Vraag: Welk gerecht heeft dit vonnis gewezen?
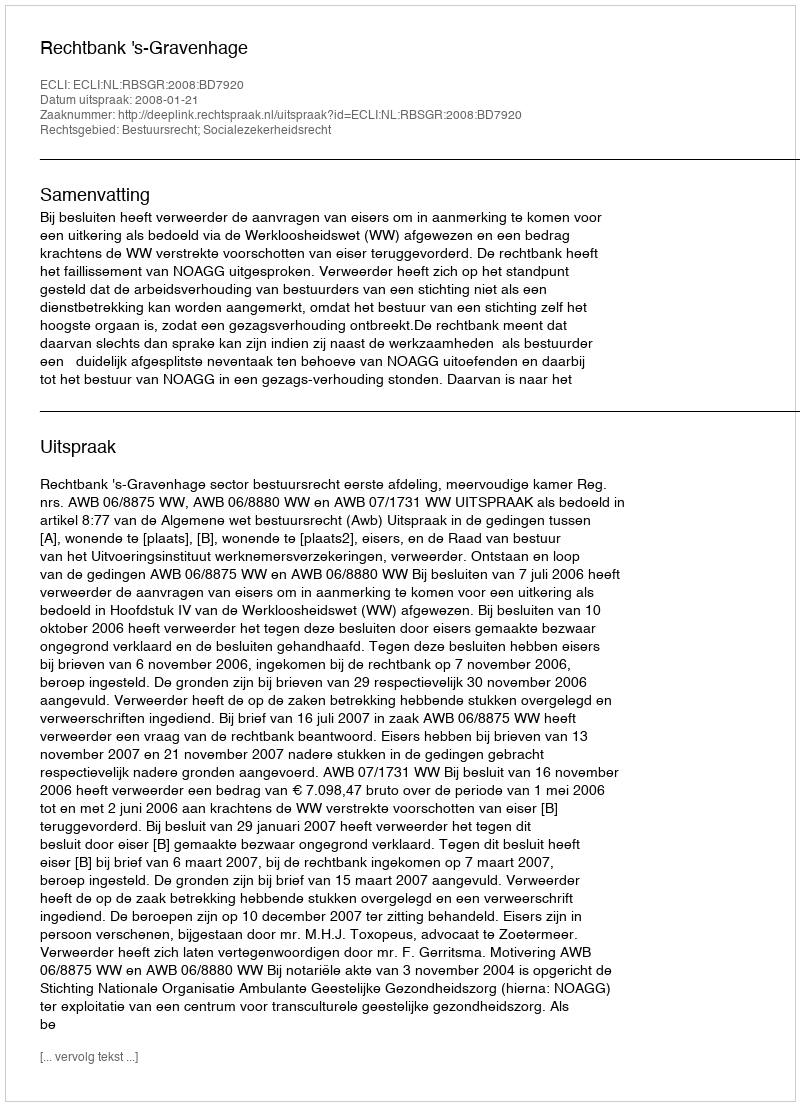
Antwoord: Rechtbank 's-Gravenhage